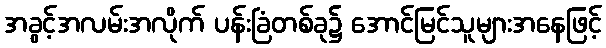
အခွင့်အလမ်းအလိုက် ပန်းခြံတစ်ခု၌ အောင်မြင်သူများအနေဖြင့်